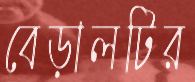
বেড়ালটির